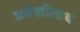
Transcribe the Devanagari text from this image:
प्रवेशोत्सव